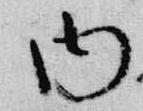
内